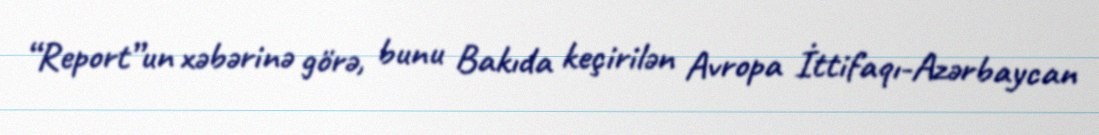
“Report”un xəbərinə görə, bunu Bakıda keçirilən Avropa İttifaqı-Azərbaycan